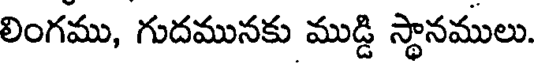
లింగము, గుదమునకు ముడ్డి స్థానములు.